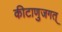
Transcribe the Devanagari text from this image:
कीटाणुजगत्